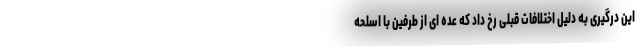
این درگیری به دلیل اختلافات قبلی رخ داد که عده ای از طرفین با اسلحه